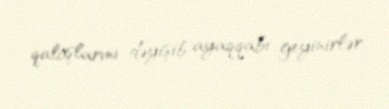
qaloşlarını dəyişib ayaqqabı geyinirlər.